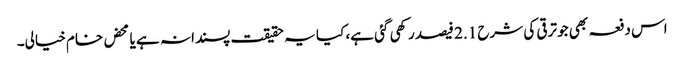
اس دفعہ بھی جو ترقی کی شرح 2.1 فیصد رکھی گئی ہے، کیا یہ حقیقت پسندانہ ہے یا محض خام خیالی۔